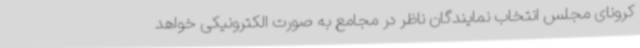
کرونای مجلس انتخاب نمایندگان ناظر در مجامع به صورت الکترونیکی خواهد